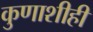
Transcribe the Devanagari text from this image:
कुणाशीही